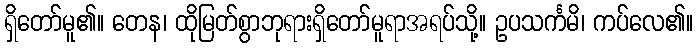
ရှိတော်မူ၏။ တေန၊ ထိုမြတ်စွာဘုရားရှိတော်မူရာအရပ်သို့။ ဥပသင်္ကမိ၊ ကပ်လေ၏။